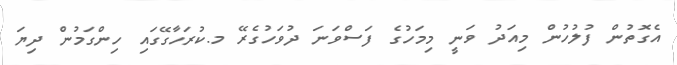
އެގޮތުން ފުލުހުން މިއަދު ވަނީ މިމަހުގެ ފަސްވަނަ ދުވަހުގެރޭ މ.ކުރަހާގޭގައި ހިންގަމުން ދިޔަ